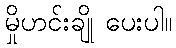
မှိုဟင်းချို ပေးပါ။